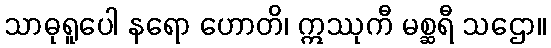
သာဓုရူပေါ နရော ဟောတိ၊ ဣဿုကီ မစ္ဆရီ သဌော။